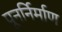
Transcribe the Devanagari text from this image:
पूनर्निर्माण